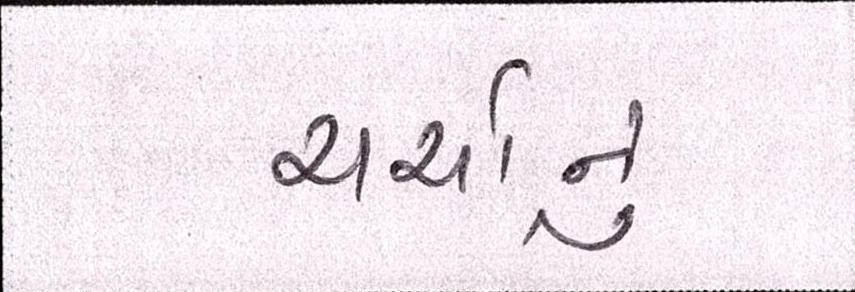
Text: ચર્ચાનું